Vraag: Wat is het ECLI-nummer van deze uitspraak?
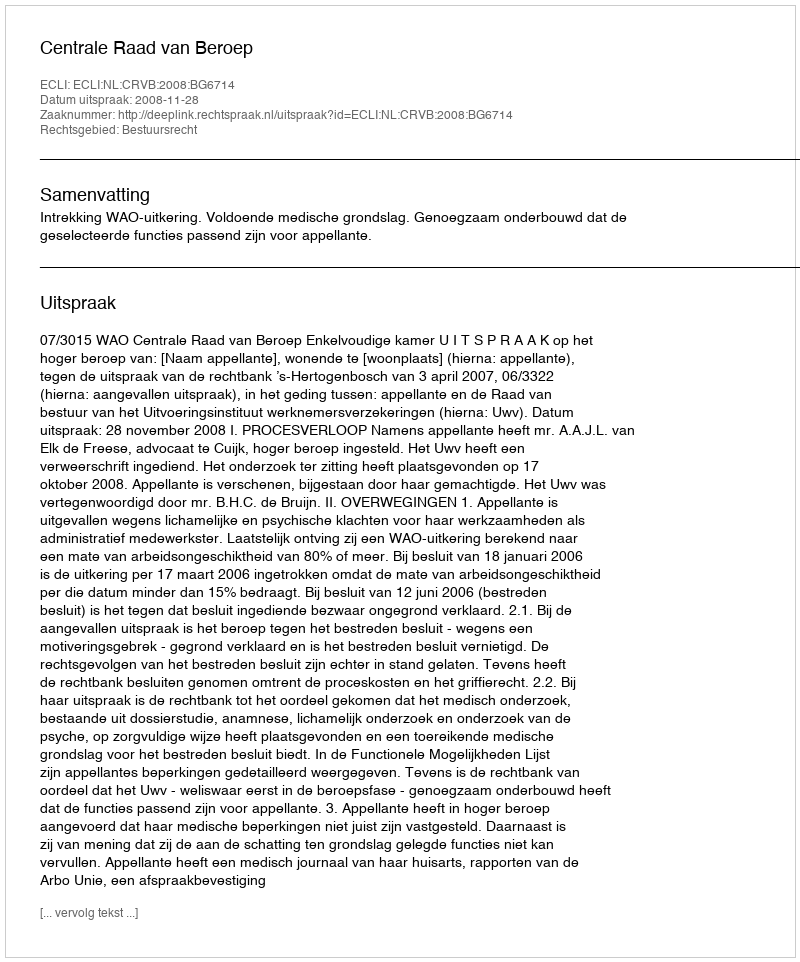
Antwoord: ECLI:NL:CRVB:2008:BG6714